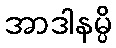
အာဒါနမ္ပိ